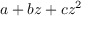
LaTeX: a + b z + c z ^ { 2 }